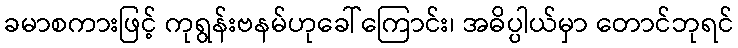
ခမာစကားဖြင့် ကုရွန်းဗနမ်ဟုခေါ်ကြောင်း၊ အဓိပ္ပါယ်မှာ တောင်ဘုရင်